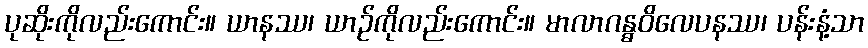
ပုဆိုးကိုလည်းကောင်း။ ယာနဿ၊ ယာဉ်ကိုလည်းကောင်း။ မာလာဂန္ဓဝိလေပနဿ၊ ပန်းနံ့သာ